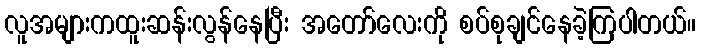
လူအများကထူးဆန်းလွန်နေပြီး အတော်လေးကို စပ်စုချင်နေခဲ့ကြပါတယ်။